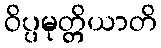
ဝိပ္ပမုတ္တိယာတိ